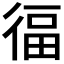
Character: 𭛷